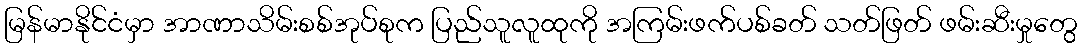
မြန်မာနိုင်ငံမှာ အာဏာသိမ်းစစ်အုပ်စုက ပြည်သူလူထုကို အကြမ်းဖက်ပစ်ခတ် သတ်ဖြတ် ဖမ်းဆီးမှုတွေ